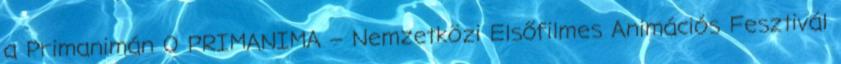
a Primanimán 0 PRIMANIMA – Nemzetközi Elsőfilmes Animációs Fesztivál